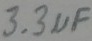
Text: 3.3µF